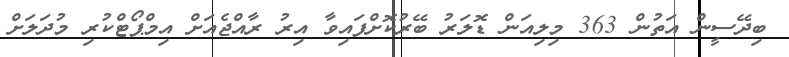
ބިދޭސީން އަތުން 363 މިލިއަން ޑޮލަރު ބޭރުކޮށްފައިވާ އިރު ރާއްޖެއަށް އިމްޕޯޓްކުރި މުދަލަށް